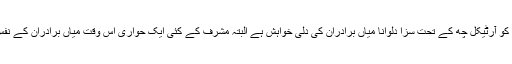
سابق آمر جنرل مشرف کو آرٹیکل چھ کے تحت سزا دلوانا میاں برادران کی دلی خواہش ہے البتہ مشرف کے کئی ایک حواری اس وقت میاں برادران کے نفس ناظقہ بنے ہوئے ہیں۔